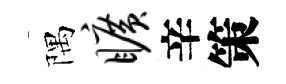
隅旷辛策